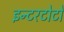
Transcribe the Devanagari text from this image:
इन्टरटोटो